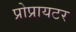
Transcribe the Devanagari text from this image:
प्रोप्रायटर